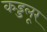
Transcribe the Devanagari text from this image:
कड्डलूर